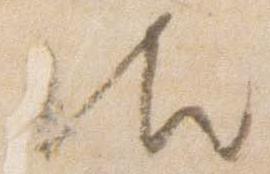
御